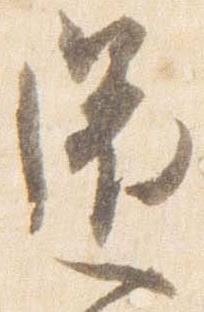
還